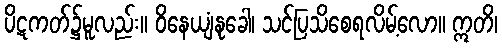
ပိဋကတ်၌မူလည်း။ ဝိနေယျံနုခေါ၊ သင်ပြသိစေရလိမ့်လော။ ဣတိ၊